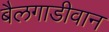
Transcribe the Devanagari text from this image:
बैलगाडीवान